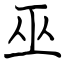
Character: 巫